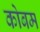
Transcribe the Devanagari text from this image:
कोबम